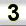
Digit: 3